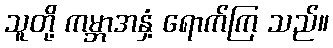
သူတို့ ကမ္ဘာအနှံ့ ရောက်ကြ သည်။